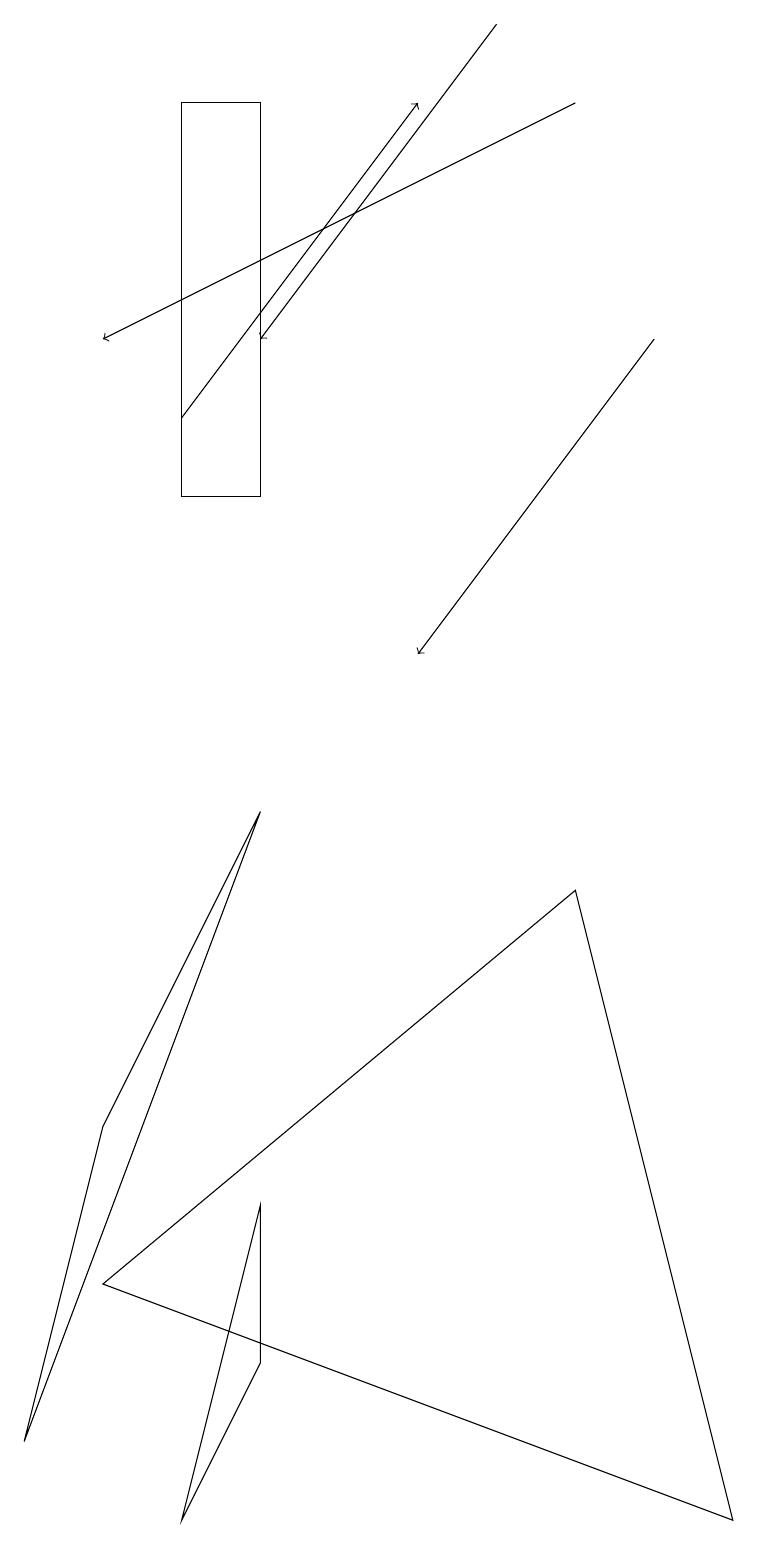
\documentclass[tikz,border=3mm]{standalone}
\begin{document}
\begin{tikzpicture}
\draw[->] (6,19) -- (3,15);
\draw[->] (8,15) -- (5,11);
\draw (1,3) -- (9,0) -- (7,8) -- cycle;
\draw (1,5) -- (3,9) -- (0,1) -- cycle;
\draw (3,4) -- (3,2) -- (2,0) -- cycle;
\draw[->] (7,18) -- (1,15);
\draw (3,13) rectangle (2,18);
\draw[->] (2,14) -- (5,18);
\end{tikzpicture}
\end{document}